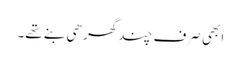
ابھی صرف چند گھر ھی بنے تھے۔